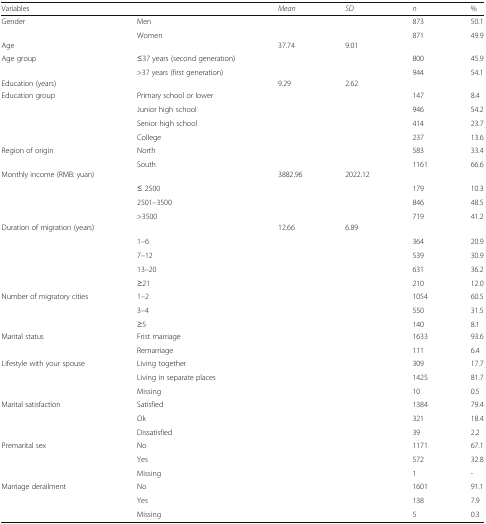
<table><thead><tr><td><b>Variables</b></td><td></td><td><b><i>Mean</i></b></td><td><b><i>SD</i></b></td><td><b><i>n</i></b></td><td><b>%</b></td></tr></thead><tbody><tr><td rowspan="2">Gender</td><td>Men</td><td></td><td></td><td>873</td><td>50.1</td></tr><tr><td>Women</td><td></td><td></td><td>871</td><td>49.9</td></tr><tr><td>Age</td><td></td><td>37.74</td><td>9.01</td><td></td><td></td></tr><tr><td rowspan="2">Age group</td><td>≤37 years (second generation)</td><td></td><td></td><td>800</td><td>45.9</td></tr><tr><td>&gt;37 years (first generation)</td><td></td><td></td><td>944</td><td>54.1</td></tr><tr><td>Education (years)</td><td></td><td>9.29</td><td>2.62</td><td></td><td></td></tr><tr><td rowspan="4">Education group</td><td>Primary school or lower</td><td></td><td></td><td>147</td><td>8.4</td></tr><tr><td>Junior high school</td><td></td><td></td><td>946</td><td>54.2</td></tr><tr><td>Senior high school</td><td></td><td></td><td>414</td><td>23.7</td></tr><tr><td>College</td><td></td><td></td><td>237</td><td>13.6</td></tr><tr><td rowspan="2">Region of origin</td><td>North</td><td></td><td></td><td>583</td><td>33.4</td></tr><tr><td>South</td><td></td><td></td><td>1161</td><td>66.6</td></tr><tr><td>Monthly income (RMB: yuan)</td><td></td><td>3882.96</td><td>2022.12</td><td></td><td></td></tr><tr><td rowspan="3"></td><td>≤ 2500</td><td></td><td></td><td>179</td><td>10.3</td></tr><tr><td>2501–3500</td><td></td><td></td><td>846</td><td>48.5</td></tr><tr><td>&gt;3500</td><td></td><td></td><td>719</td><td>41.2</td></tr><tr><td>Duration of migration (years)</td><td></td><td>12.66</td><td>6.89</td><td></td><td></td></tr><tr><td rowspan="4"></td><td>1–6</td><td></td><td></td><td>364</td><td>20.9</td></tr><tr><td>7–12</td><td></td><td></td><td>539</td><td>30.9</td></tr><tr><td>13–20</td><td></td><td></td><td>631</td><td>36.2</td></tr><tr><td>≥21</td><td></td><td></td><td>210</td><td>12.0</td></tr><tr><td rowspan="3">Number of migratory cities</td><td>1–2</td><td></td><td></td><td>1054</td><td>60.5</td></tr><tr><td>3–4</td><td></td><td></td><td>550</td><td>31.5</td></tr><tr><td>≥5</td><td></td><td></td><td>140</td><td>8.1</td></tr><tr><td rowspan="2">Marital status</td><td>Frist marriage</td><td></td><td></td><td>1633</td><td>93.6</td></tr><tr><td>Remarriage</td><td></td><td></td><td>111</td><td>6.4</td></tr><tr><td rowspan="3">Lifestyle with your spouse</td><td>Living together</td><td></td><td></td><td>309</td><td>17.7</td></tr><tr><td>Living in separate places</td><td></td><td></td><td>1425</td><td>81.7</td></tr><tr><td>Missing</td><td></td><td></td><td>10</td><td>0.5</td></tr><tr><td rowspan="3">Marital satisfaction</td><td>Satisfied</td><td></td><td></td><td>1384</td><td>79.4</td></tr><tr><td>Ok</td><td></td><td></td><td>321</td><td>18.4</td></tr><tr><td>Dissatisfied</td><td></td><td></td><td>39</td><td>2.2</td></tr><tr><td rowspan="3">Premarital sex</td><td>No</td><td></td><td></td><td>1171</td><td>67.1</td></tr><tr><td>Yes</td><td></td><td></td><td>572</td><td>32.8</td></tr><tr><td>Missing</td><td></td><td></td><td>1</td><td>-</td></tr><tr><td rowspan="3">Marriage derailment</td><td>No</td><td></td><td></td><td>1601</td><td>91.1</td></tr><tr><td>Yes</td><td></td><td></td><td>138</td><td>7.9</td></tr><tr><td>Missing</td><td></td><td></td><td>5</td><td>0.3</td></tr></tbody></table>